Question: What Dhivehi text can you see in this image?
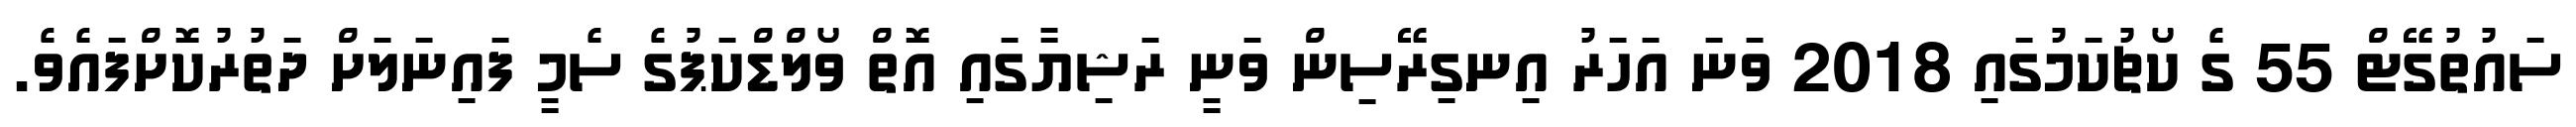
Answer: ސައުތުގޭޓް 55 ގެ ކޯޗުކަމުގައި 2018 ވަނަ އަހަރު އިނގިރޭސިން ވަނީ ރަޝިޔާގައި އޮތް ވޯލްޑްކަޕުގެ ސެމީ ފައިނަލަށް ދަތުރުކޮށްފައެވެ.